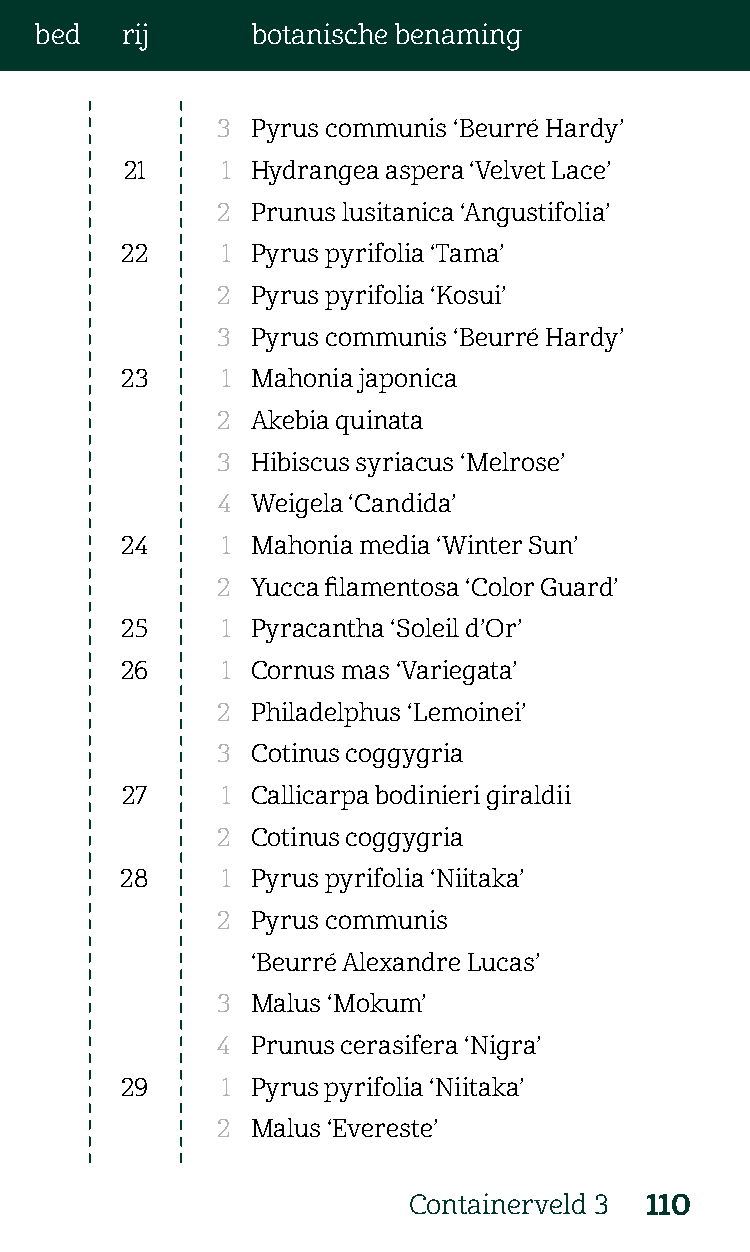
bed   rij      botanische benaming
 3  Pyrus communis ‘Beurré Hardy’
 21     1 Hydrangea aspera ‘Velvet Lace’
 2  Prunus lusitanica ‘Angustifolia’
 22     1 Pyrus pyrifolia ‘Tama’
 2  Pyrus pyrifolia ‘Kosui’
 3  Pyrus communis ‘Beurré Hardy’
 23     1 Mahonia japonica
 2  Akebia quinata
 3  Hibiscus syriacus ‘Melrose’
 4  Weigela ‘Candida’
 24     1 Mahonia media ‘Winter Sun’
 2  Yucca filamentosa ‘Color Guard’
 25     1 Pyracantha ‘Soleil d’Or’
 26     1 Cornus mas ‘Variegata’
 2  Philadelphus ‘Lemoinei’
 3  Cotinus coggygria
 27     1 Callicarpa bodinieri giraldii
 2  Cotinus coggygria
 28     1 Pyrus pyrifolia ‘Niitaka’
 2  Pyrus communis
 ‘Beurré Alexandre Lucas’
 3  Malus ‘Mokum’
 4  Prunus cerasifera ‘Nigra’
 29     1 Pyrus pyrifolia ‘Niitaka’
 2  Malus ‘Evereste’
 Containerveld 3 110